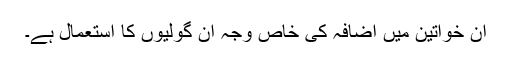
ان خواتین میں اضافہ کی خاص وجہ ان گولیوں کا استعمال ہے۔